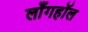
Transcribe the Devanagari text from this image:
लाँगहॉल